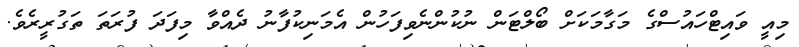
މިއީ ވައިޓްހައުސްގެ މަގާމަކަށް ބޯލްޓަން ނުކުންނެވިފަހުން އެމަނިކުފާނު ދެއްވާ މިފަދަ ފުރަތަ ތަގުރީރެވެ.